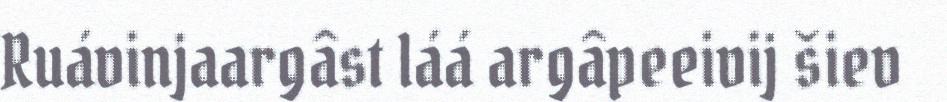
Ruávinjaargâst láá argâpeeivij šiev